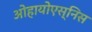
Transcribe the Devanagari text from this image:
ओहायोएस्निस